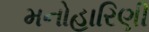
મનોહારિણી